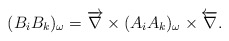
\begin{align*}(B_iB_k)_{\omega}=\overrightarrow{{\bf \nabla}}\times(A_iA_k)_{\omega}\times\overleftarrow{{\bf \nabla}}.\end{align*}